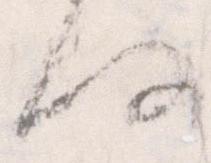
何